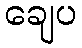
ချေပ